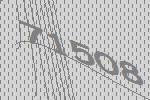
71508